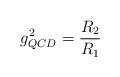
LaTeX: \begin{align*} g^2_{QCD}=\frac{R_2}{R_1}\end{align*}